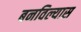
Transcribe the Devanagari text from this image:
बनविल्यास